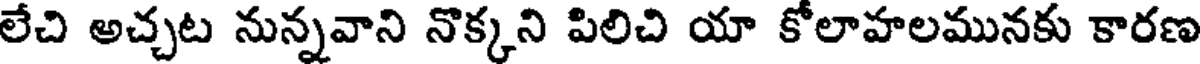
లేచి అచ్చట నున్నవాని నొక్కని పిలిచి యా కోలాహలమునకు కారణ